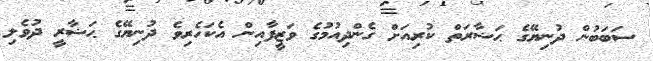
ސަބަބުން ދުނިޔޭގެ ޙަޟާރަތް ކުރިއަށް ގެންދިއުމުގެ ވަޒީފާއިން އެކަހެރިވެ ދުނިޔޭގެ ޙަޟާރީ ދުވެލި